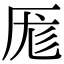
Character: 厖